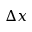
\Delta x